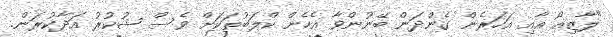
"ލާޒިއޯ އާއި އަހަރެން ގެންދަން ބޭނުންވާ އެހެން ކްލަބުތަކަށް ވެސް ޝުކުރު އަދާކުރަން.